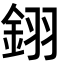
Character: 𨦫